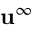
\mathbf { u } ^ { \infty }